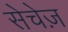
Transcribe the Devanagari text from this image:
सेचेज़